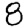
Digit: 8